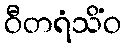
ဝီတရံသိံဝ